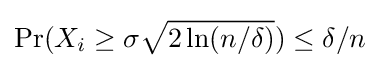
\Pr(X_{i}\geq \sigma {\sqrt {2\ln(n/\delta )}})\leq \delta /n